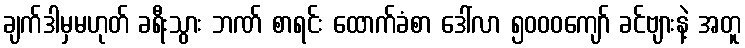
ချက်ဒါမှမဟုတ် ခရီးသွား ဘဏ် စာရင်း ထောက်ခံစာ ဒေါ်လာ ၅၀၀၀ကျော် ခင်ဗျားနဲ့ အတူ